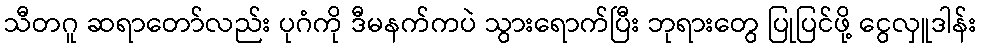
သီတဂူ ဆရာတော်လည်း ပုဂံကို ဒီမနက်ကပဲ သွားရောက်ပြီး ဘုရားတွေ ပြုပြင်ဖို့ ငွေလှူဒါန်း